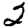
Digit: 2